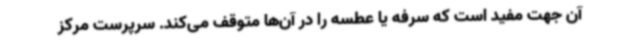
آن جهت مفید است که سرفه یا عطسه را در آن‌ها متوقف می‌کند. سرپرست مرکز